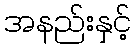
အနည်းနှင့်